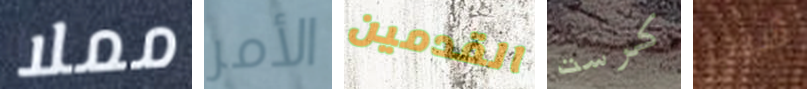
مملا الأمر القدمين كرست شيب